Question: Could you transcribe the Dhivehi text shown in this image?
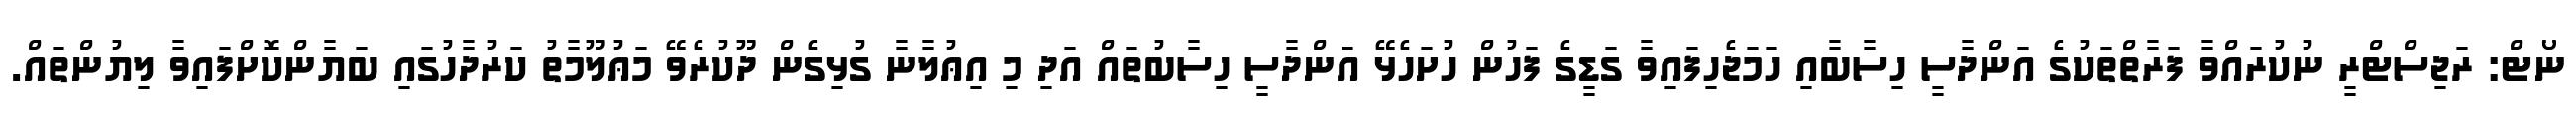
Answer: ނޯޓް: ރަޖިސްޓްރީ ނުކުރައްވާ ފަރާތްތަކުގެ އަންދާސީ ހިސާބާއި ހަމަޖެހިފައިވާ ގަޑީގެ ފަހުން ހުށަހެޅޭ އަންދާސީ ހިސާބުތައް އަދި މި އިޢުލާނާ ގުޅިގެން ދޫކުރެވޭ މަޢުލޫމާތު ކަރުދާހުގައި ބަޔާންކޮށްފައިވާ ލިޔުންތައް.